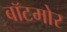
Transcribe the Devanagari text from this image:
बॉटमोर